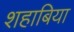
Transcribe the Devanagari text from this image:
शहाबिया